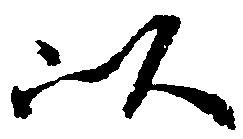
以